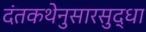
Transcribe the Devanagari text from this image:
दंतकथेनुसारसुद्धा